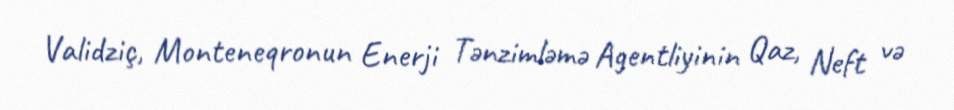
Validziç, Monteneqronun Enerji Tənzimləmə Agentliyinin Qaz, Neft və